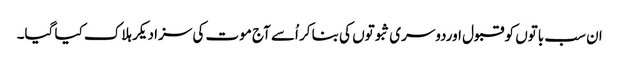
ان سب باتوں کو قبول اوردوسری ثبوتوں کی بنا کر اُسے آج موت کی سزا دیکر ہلاک کیا گیا۔